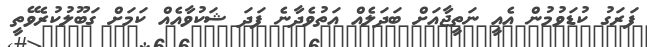
ފަރަގު ކުޑަވުމުން އެއީ ނަތީޖާއަށް ބަދަލެއް އަތުވެދާނެ ފަދަ ޝަކުވާއެއް ކަމަށް ގަބޫލުކުރެވޭތީ